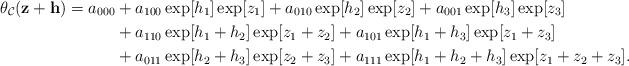
LaTeX: \begin{align*}\theta_{\mathcal{C}}({\bf z + h}) = a_{000} &+ a_{100}\exp[h_1]\exp[z_1] + a_{010}\exp[h_2]\exp[z_2] + a_{001}\exp[h_3]\exp[z_3]\\ &+ a_{110}\exp[h_1 + h_2]\exp[z_1 + z_2]+ a_{101}\exp[h_1 + h_3]\exp[z_1 + z_3] \\&+ a_{011}\exp[h_2+h_3]\exp[z_2 + z_3] + a_{111}\exp[h_1 + h_2 + h_3]\exp[z_1 + z_2 + z_3].\end{align*}